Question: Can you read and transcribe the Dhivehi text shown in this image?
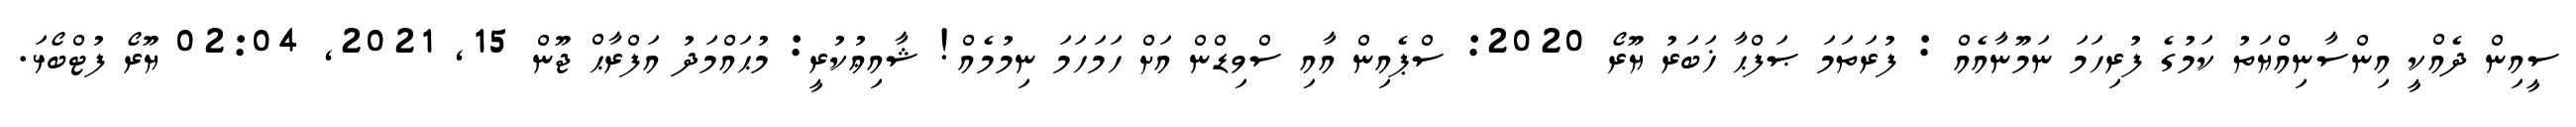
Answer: ސީއިން ދެއްކީ އިންސާނިއްޔަތު ކަމުގެ ފުރިހަމަ ނަމޫނާއެއް : ފުރަތަމަ ޞަފްޙާ ޚަބަރު ޔޫރޯ 2020: ސްޕެއިން އާއި ސްވިޑްން އަށް ހަމަހަމަ ނިމުމެއް! ޝާއިޢުކުރީ: މުޙައްމަދު އަފްރާޙް ޖޫން 15, 2021, 02:04 ޔޫރޯ ފުޓްބޯޅަ.